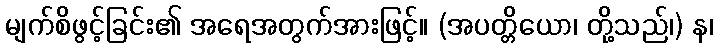
မျက်စိဖွင့်ခြင်း၏ အရေအတွက်အားဖြင့်။ (အပတ္တိယော၊ တို့သည်၊) န၊